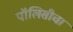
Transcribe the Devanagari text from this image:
पॉलिसीचा